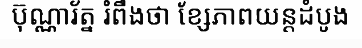
ប៊ុណ្ណារ័ត្ន រំពឹងថា ខ្សែភាពយន្តដំបូង